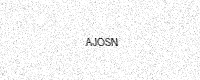
Text: AJOSN